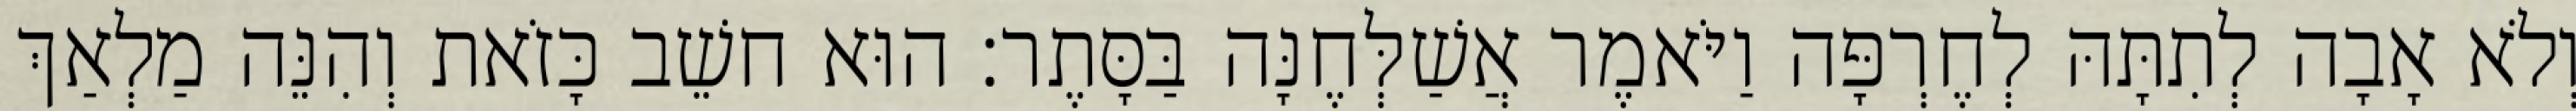
וְלֹא אָבָה לְתִתָּהּ לְחֶרְפָּה וַיֹּאמֶר אֲשַׁלְּחֶנָּה בַּסָּתֶר׃ הוּא חשֵׁב כָּזֹאת וְהִנֵּה מַלְאַךְ